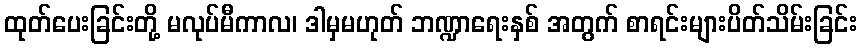
ထုတ်ပေးခြင်းတို့ မလုပ်မီကာလ၊ ဒါမှမဟုတ် ဘဏ္ဍာရေးနှစ် အတွက် စာရင်းများပိတ်သိမ်းခြင်း